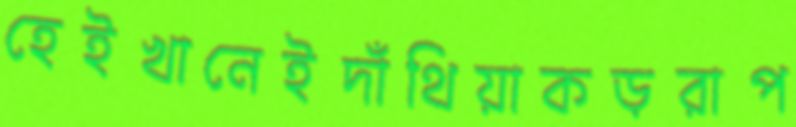
হেইখানেইদাঁথিয়াকড়রাপ